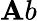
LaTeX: \mathbf{A}b